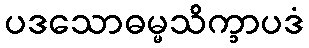
ပဒသောဓမ္မသိက္ခာပဒံ